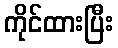
ကိုင်ထားပြီး